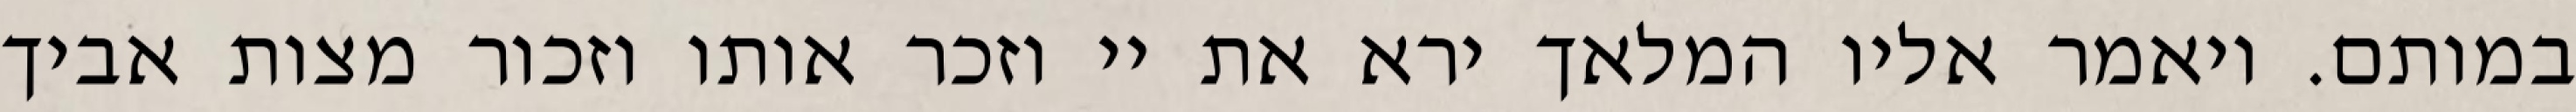
במותם. ויאמר אליו המלאך ירא את יי וזכר אותו וזכור מצות אביך